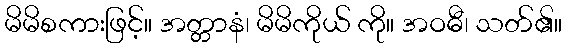
မိမိစကားဖြင့်။ အတ္တာနံ၊ မိမိကိုယ် ကို။ အဝဓီ၊ သတ်၏။